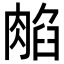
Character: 𦜿